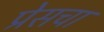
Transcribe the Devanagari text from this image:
प्रेसचा